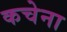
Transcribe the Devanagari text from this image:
कचेना